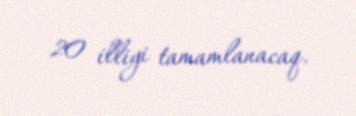
20 illiyi tamamlanacaq.